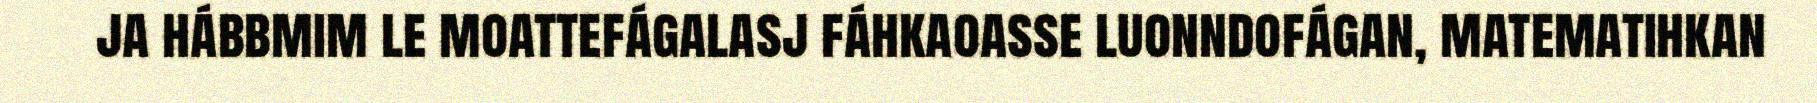
ja hábbmim le moattefágalasj fáhkaoasse luonndofágan, matematihkan